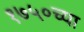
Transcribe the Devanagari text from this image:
१७५०च्या